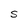
Character: S